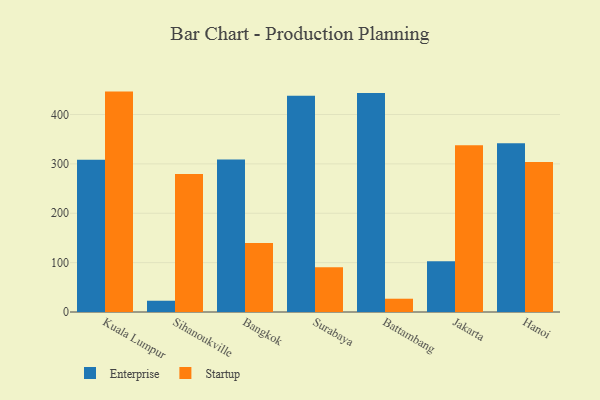
{"axis": {"x": "City", "y": "Headcount"}, "legend": ["Enterprise", "Startup"], "data": [{"x": "Kuala Lumpur", "y": 308.5, "type": "Enterprise"}, {"x": "Kuala Lumpur", "y": 446.4, "type": "Startup"}, {"x": "Sihanoukville", "y": 22.8, "type": "Enterprise"}, {"x": "Sihanoukville", "y": 279.3, "type": "Startup"}, {"x": "Bangkok", "y": 308.8, "type": "Enterprise"}, {"x": "Bangkok", "y": 139.6, "type": "Startup"}, {"x": "Surabaya", "y": 438.1, "type": "Enterprise"}, {"x": "Surabaya", "y": 90.5, "type": "Startup"}, {"x": "Battambang", "y": 443.5, "type": "Enterprise"}, {"x": "Battambang", "y": 26.9, "type": "Startup"}, {"x": "Jakarta", "y": 102.9, "type": "Enterprise"}, {"x": "Jakarta", "y": 337.8, "type": "Startup"}, {"x": "Hanoi", "y": 342.0, "type": "Enterprise"}, {"x": "Hanoi", "y": 303.8, "type": "Startup"}]}